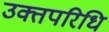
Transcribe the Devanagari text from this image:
उक्तपरिधि